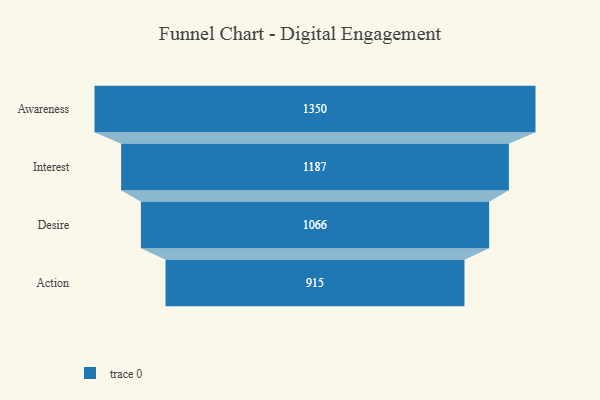
{"axis": {"x": "Stage", "y": "Value"}, "legend": [""], "data": [{"x": "Awareness", "y": 1350.0, "type": ""}, {"x": "Interest", "y": 1187.0, "type": ""}, {"x": "Desire", "y": 1066.0, "type": ""}, {"x": "Action", "y": 915.0, "type": ""}]}